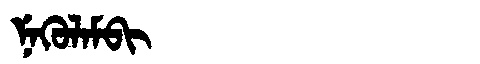
Manchu: ᠨᡝᡴᡠᠯᠠᠮᠪᡳ
Romanization: NEKULAMBI